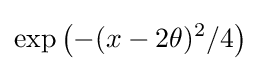
\exp \left(-(x-2\theta )^{2}/4\right)